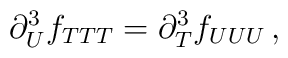
\partial_{U}^3f_{TTT}=\partial_{T}^3f_{UUU}\, ,